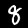
Digit: 8